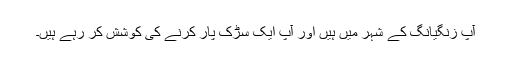
آپ زنگیانگ کے شہر میں ہیں اور آپ ایک سڑک پار کرنے کی کوشش کر رہے ہیں۔